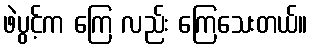
ဖဲပွင့်က ကြေ လည်း ကြေသေးတယ်။